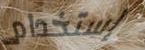
إستخدام